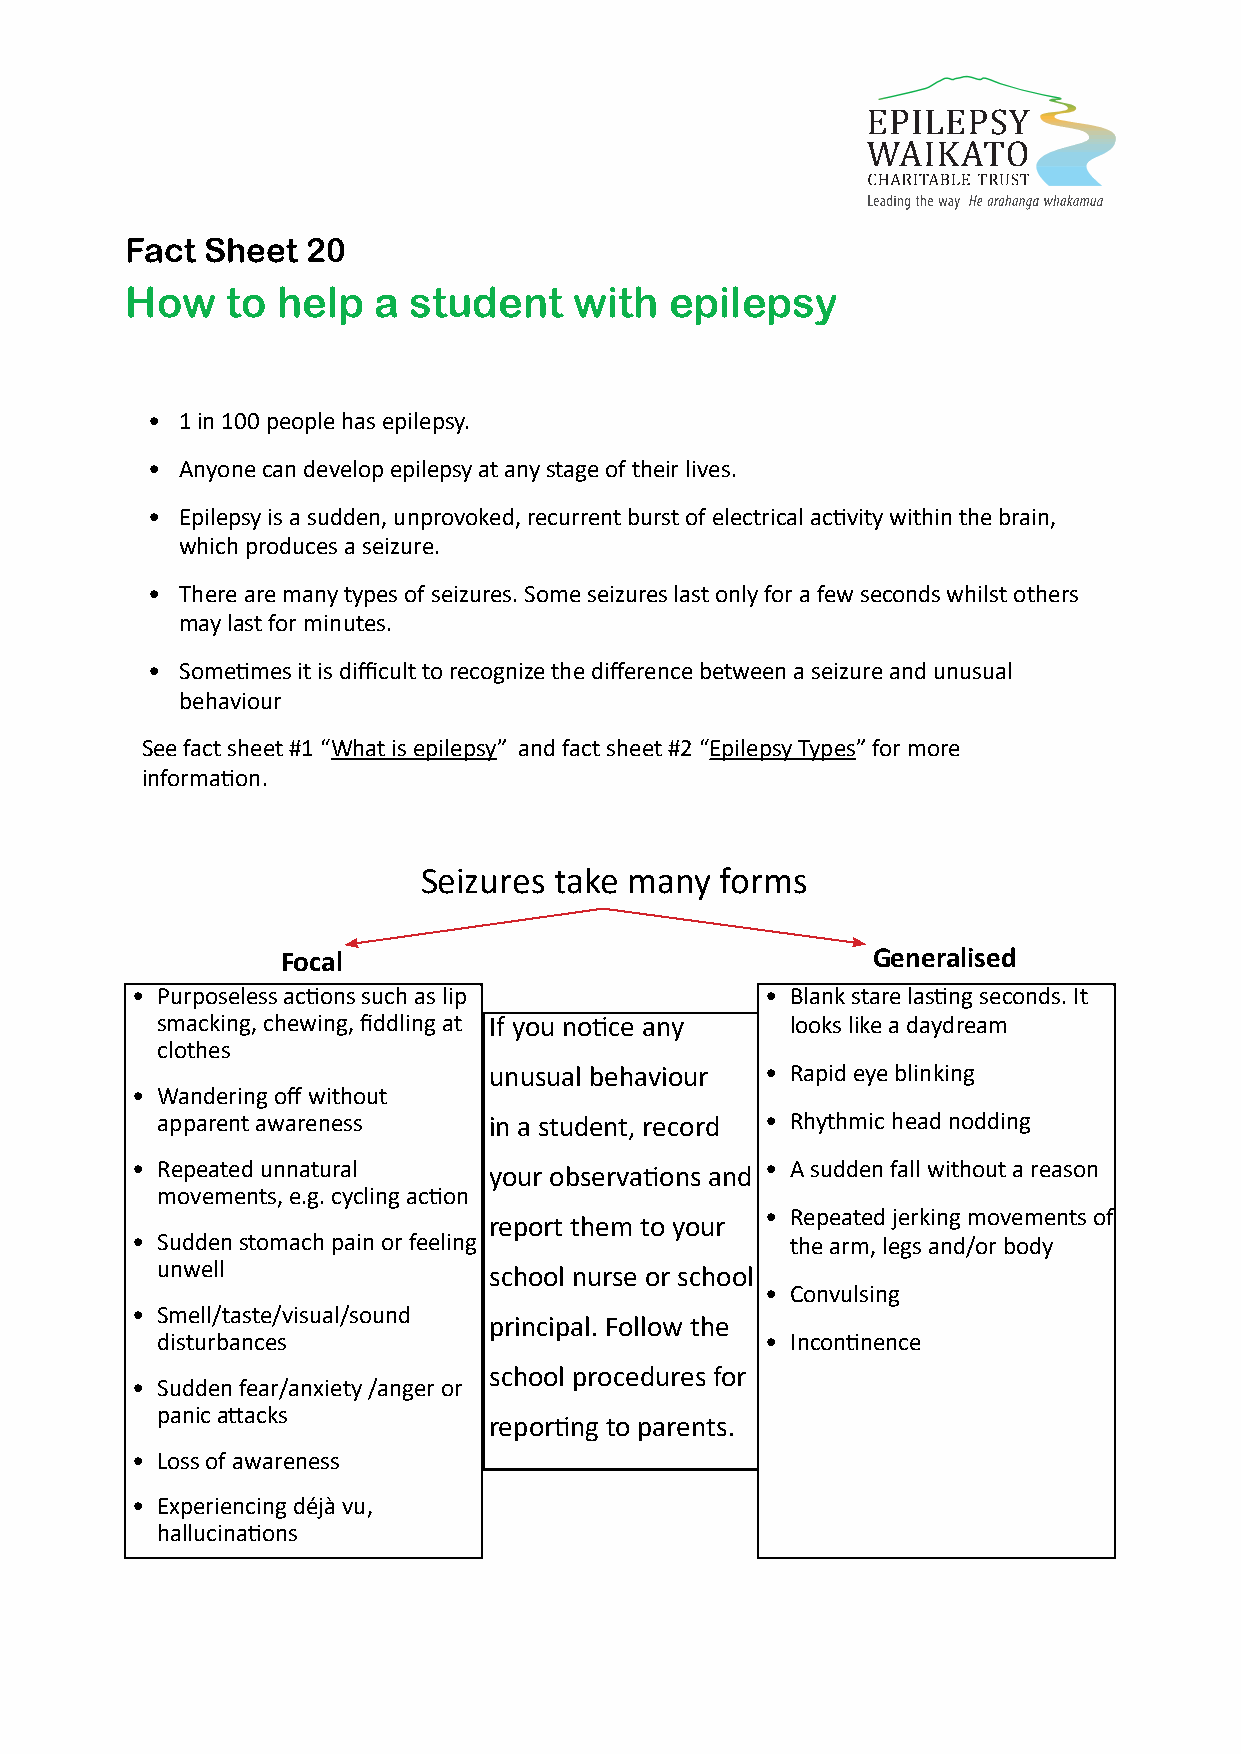
Fact  Sheet 20
 How    to help   a student    with  epilepsy
 What is epilepsy?
 Epilepsy types
 • 1 in 100 people has epilepsy.
 The brain
 • Anyone can develop epilepsy at any stage of their lives.
 What to do if someone is having a convulsive seizure
 • Epilepsy is a sudden, unprovoked, recurrent burst of electrical activity within the brain,
 which produces a seizure.
 Children and epilepsy
 • There are many types of seizures. Some seizures last only for a few seconds whilst others
 Epilepsy ID (cards)
 may last for minutes.
 Epilepsy medication
 • Sometimes it is difficult to recognize the difference between a seizure and unusual
 My seizure diary behaviour
 Safety in the home See fact sheet #1 “What is epilepsy” and fact sheet #2 “Epilepsy Types” for more
 information.
 Be empowered
 Driving and epilepsy
 Seizures take many  forms
 Risk management plan for teachers
 First aid diagram
 Focal                                  Generalised
 Cooking with epilepsy • Purposeless actions such as lip • Blank stare lasting seconds. It
 smacking, chewing, fiddling at If you notice any looks like a daydream
 Epilepsy and memory clothes
 unusual behaviour  • Rapid eye blinking
 Epilepsy and depression • Wandering off without
 apparent awareness    in a student, record • Rhythmic head nodding
 St John protocols
 • Repeated unnatural   your observations and • A sudden fall without a reason
 Epilepsy diagnosis and treatment movements, e.g. cycling action
 • Repeated jerking movements of
 report them to your
 Epilepsy and Motherhood • Sudden stomach pain or feeling the arm, legs and/or body
 unwell                school nurse or school
 How to help a student with epilepsy                • Convulsing
 • Smell/taste/visual/sound
 principal. Follow the
 Being a teenager and having epilepsy disturbances  • Incontinence
 school procedures for
 Epilepsy and sport • Sudden fear/anxiety /anger or
 panic attacks
 reporting to parents.
 • Loss of awareness
 • Experiencing déjà vu,
 hallucinations